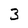
Character: 3